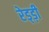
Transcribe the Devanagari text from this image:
रेड्ड़ी